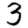
Digit: 3